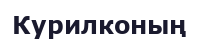
Курилконың